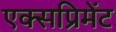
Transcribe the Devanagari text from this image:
एक्सप्रिमेंट